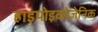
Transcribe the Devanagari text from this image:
हाइपोइकोजेनिक